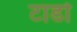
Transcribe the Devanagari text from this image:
टार्डा